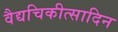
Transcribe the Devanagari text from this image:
वैद्यचिकीत्सादिन